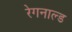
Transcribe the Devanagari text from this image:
रेगनाल्ड